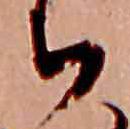
ち